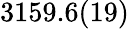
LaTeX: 3159.6(19)